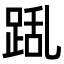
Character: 𮛛